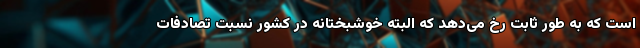
است که به طور ثابت رخ می‌دهد که البته خوشبختانه در کشور نسبت تصادفات